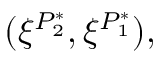
( \xi ^ { P _ { 2 } ^ { * } } , \xi ^ { P _ { 1 } ^ { * } } ) ,